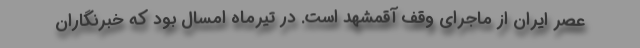
عصر ایران از ماجرای وقف آقمشهد است. در تیرماه امسال بود که خبرنگاران